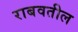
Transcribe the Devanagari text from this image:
राबवतील